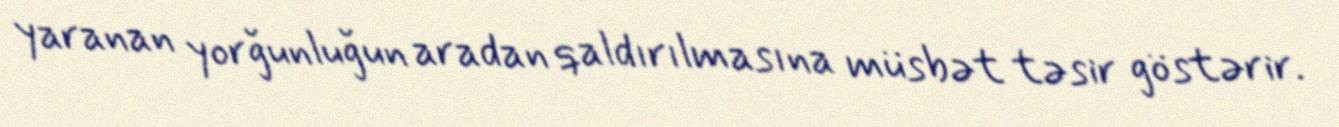
yaranan yorğunluğun aradan qaldırılmasına müsbət təsir göstərir.